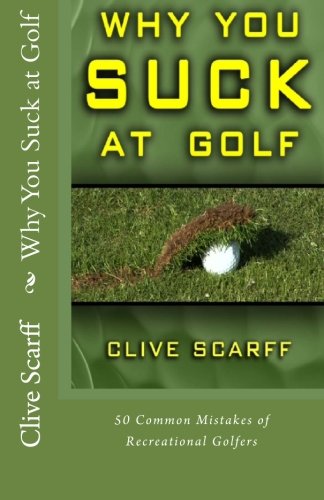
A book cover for Why You Suck at Golf: 50 Most Common Mistakes by Recreational Golfers; Clive Scarff; Sports & Outdoors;